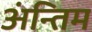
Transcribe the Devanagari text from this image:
अंन्तिम